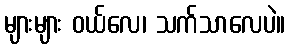
များများ ဝယ်လေ၊ သက်သာလေပဲ။